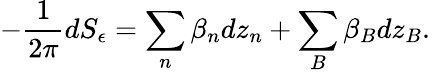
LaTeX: -\frac{1}{2\pi}dS_{\epsilon}=\sum_{n}\beta_{n}dz_{n}+\sum_{B}\beta_{B}dz_{B}.